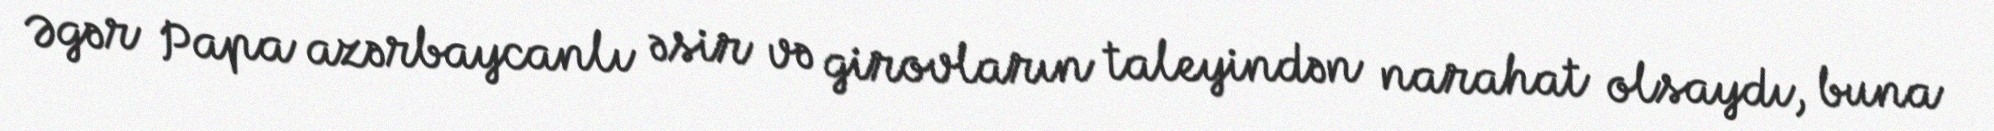
Əgər Papa azərbaycanlı əsir və girovların taleyindən narahat olsaydı, buna